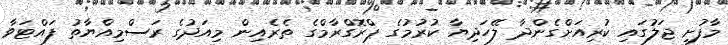
މާފުށި ޖަލުގައި ކުރިއަށްގެންދާ ލޭހަދިޔާ ކުރުމުގެ ޕްރޮގްރާމްގެ ތެރެއިން މިއަދުގެ ރަސްމިއްޔާތު ފައްޓަވާ